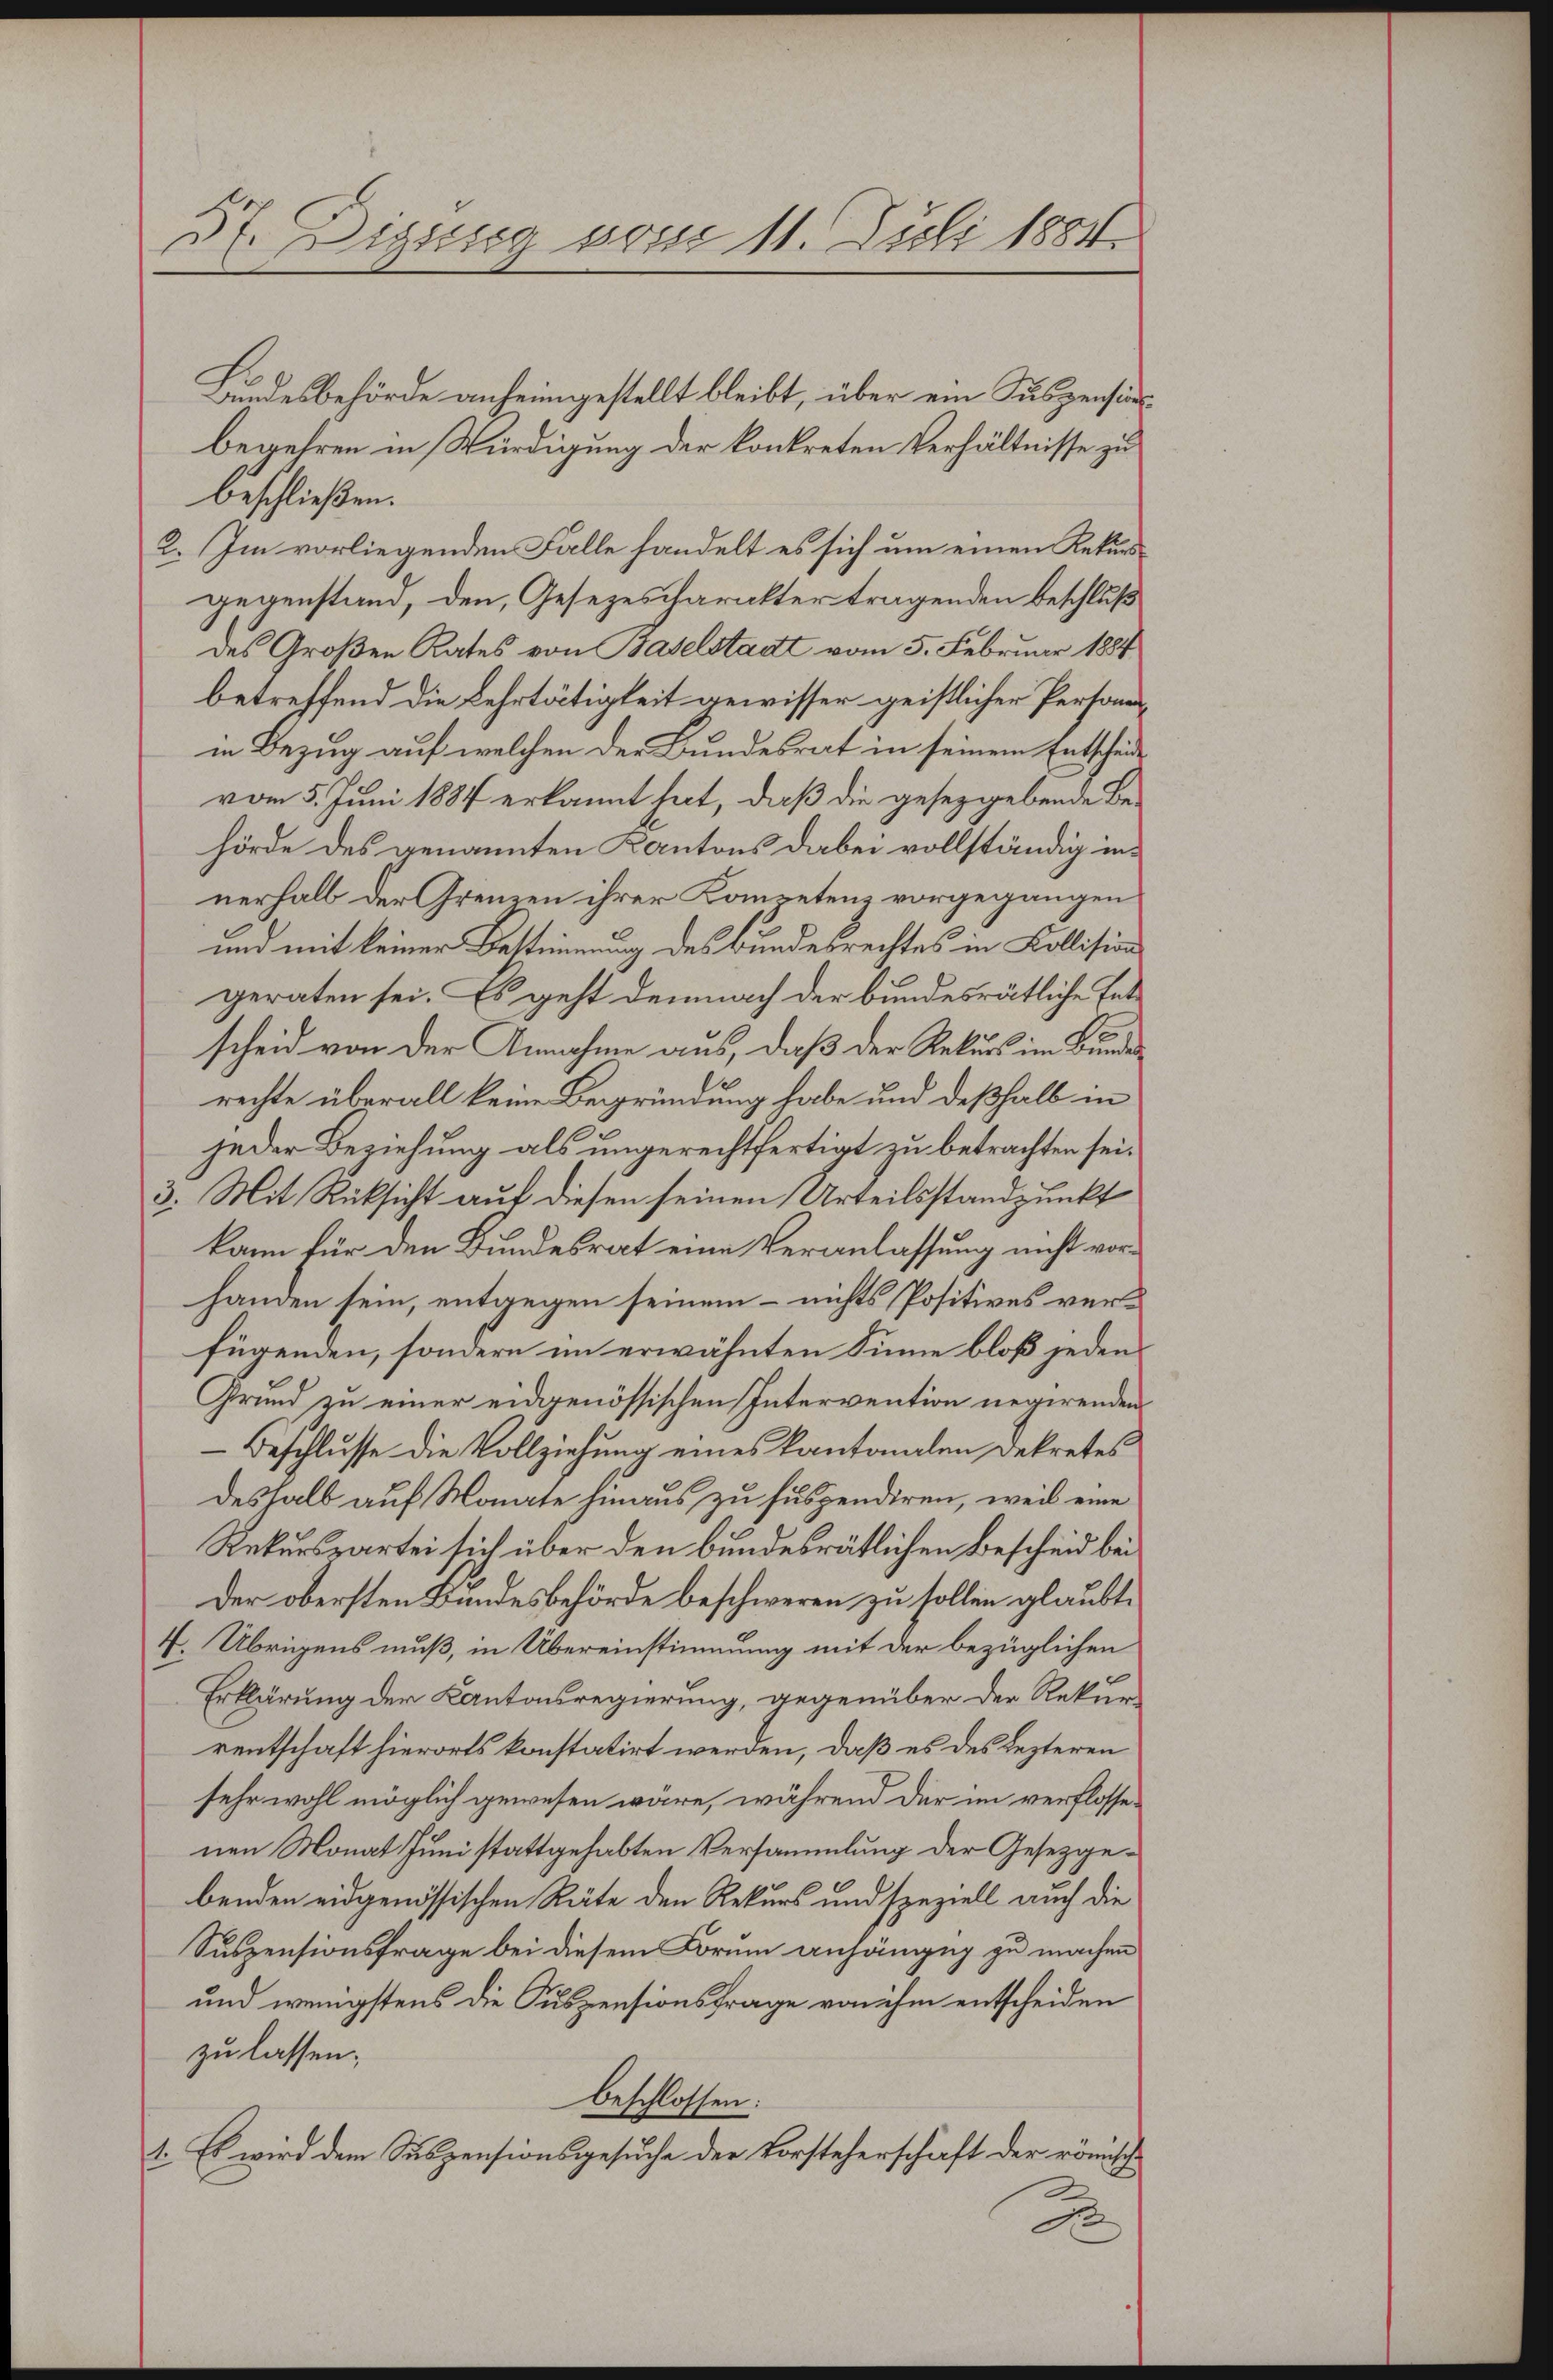
57. Digssig vom 11. Juli 1884.

Bundesbehörde anheimgestellt bleibt, über ein Suspensinbegehren in Würdigung der konkreten Verhältnisse zu
beschließen.
2. Im vorliegenden Falle handelt es sich um einen Rekursgegenstand, den, Gesezescharakter tragenden beschluß
des Großen Rates von Baselstadt vom 5. Februar 1884
betreffend die Lehrtätigkeit gewisser geistlicher Persone
in Bezug auf welchen der Bundesrat in seinem Entschäde
vom 5. Juni 1884 erkannt hat, daß die gesetzgebende Behörde des genannten Kantons dabei vollständig innerhalb der Grenzen ihrer Kompetenz vorgegangen
und mit keiner Bestimmung des Bundesrechtes in Kollision
geraten sei. Es geht demnach der bundesrätliche Entscheid von der Annahme aus, daß der Rekurs im Bundes
rechte überall keine Begründung habe und deßhalb in
jeder Beziehung als ungerechtfertigt zu betrachten sei.
3. Mit Rücksicht auf diesen seinen Urteilsstandpunkt
kann für den Bundesrat eine Veranlassung nicht vorhanden sein, entgegen seinem – nichts Positives verfügenden, sondern im erwähnten Sinne bloß jeden
Grund zu einer eidgenössischen Intervention negirenden
Beschlusse die Vollziehung eines kantonalen Dekretes
deshalb auf Monate hinaus zu suspendiren, weil eine
Rekurspartei sich über den bundesrätlichen Bescheid bei
der obersten Bundesbehörde beschweren zu sollen glaubt.
4. Übrigens muß, in Übereinstimmung mit der bezüglichen
Erklärung der Kantonsregierung, gegenüber der Rekurrentschaft hierorts konstatirt werden, daß es des Lezteren
sehr wohl möglich gewesen wäre, während der im verflossenen Monat Juni stattgehabten Versammlung der Gesetzgebenden eidgenössischen Räte den Rekurs und speziell auch die
Suszensionsfrage bei diesem Forum anhängig zu machen
und wenigstens die Suspensionsfrage von ihm entscheiden
zu lassen.
beschlossen:
1. Es wird dem Suspensionsgesuche der Vorsteherschaft der römisch
2